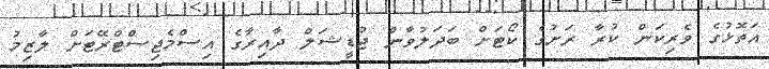
އަތޮޅުގެ ވެރިކަން ކުރާ ރަށުގެ ކޯޓަށް ބަދަލުވާން ޖުޑީޝަލް ދާއިރާގެ އިސްމެޖިސްޓްރޭޓަށް ލާޒިމު